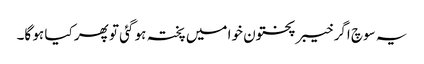
یہ سوچ اگر خیبر پختون خوا میں پختہ ہو گئی تو پھر کیا ہو گا۔